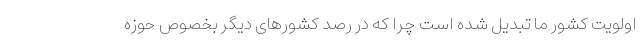
اولویت کشور ما تبدیل شده است چرا که در رصد کشورهای دیگر بخصوص حوزه